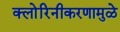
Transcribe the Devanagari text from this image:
क्लोरिनीकरणामुळे